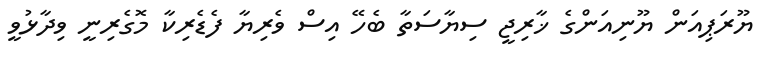
ޔޫރަޕިއަން ޔޫނިއަންގެ ޚާރިޖީ ސިޔާސަތާ ބެހޭ އިސް ވެރިޔާ ފެޑެރިކާ މޮގެރިނީ ވިދާޅުވީ